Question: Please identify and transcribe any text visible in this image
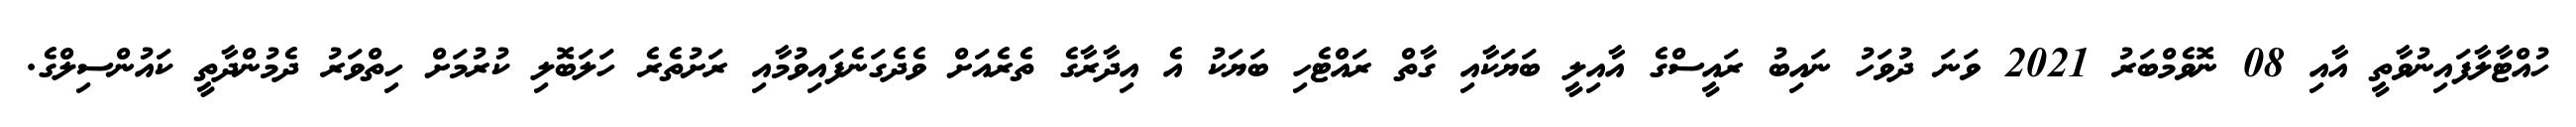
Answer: ހުއްޓާލާފައިނުވާތީ އާއި 08 ނޮވެމްބަރު 2021 ވަނަ ދުވަހު ނައިބު ރައީސްގެ އާއިލީ ބަޔަކާއި ގާތް ރައްޓެހި ބަޔަކު އެ އިދާރާގެ ތެރެއަށް ވެދެގަނެފައިވުމާއި ރަށުތެރެ ހަލަބޮލި ކުރުމަށް ހިތްވަރު ދެމުންދާތީ ކައުންސިލްގެ.